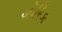
બોરિક